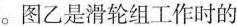
在竖直向上的拉力F作用下，将重为105N